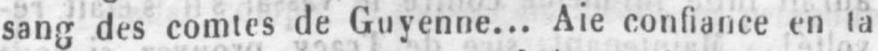
sang des comtes de Guyenne... Aie confiance en ta